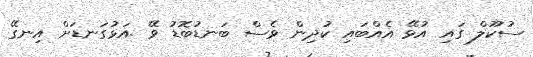
ސުކޫލް ގައި އުޅޭ އެއްބައި ކުދިން ވެސް ބަނޑުބޮޑު ވޭ .އަޅުގަނޑަށް އިނގޭ